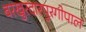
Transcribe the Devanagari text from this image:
बरखुरदारपुरगोपाल